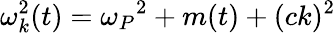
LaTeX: \omega_{k}^{2}(t)=\omega_{P}{^2}+m(t)+(ck)^{2}